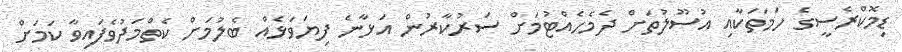
ޑިމޮކްރެސީގެ ހަމަތަކާއި އުސޫލުތަށް ދެމެހެއްޓުމަށް ސަރުކާރުން އަޅާނެ ފިޔަވަޅެއް ބެލުމަށް ކެތްމަދުވެފައިވާ ކަމަށް